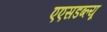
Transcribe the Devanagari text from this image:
एएसडब्ल्यू